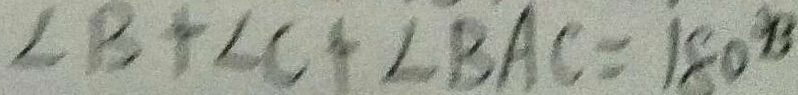
\angle B + \angle C + \angle B A C = 1 8 0 ^ { \circ B }